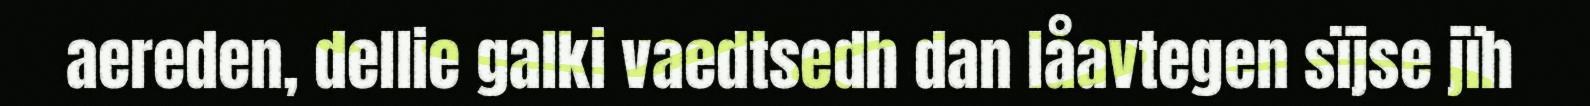
aereden, dellie galki vaedtsedh dan låavtegen sïjse jïh